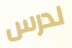
لدرس